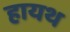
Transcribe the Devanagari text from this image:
हायथ